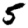
Digit: 5